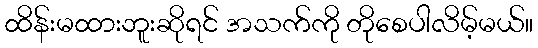
ထိန်းမထားဘူးဆိုရင် အသက်ကို တိုစေပါလိမ့်မယ်။